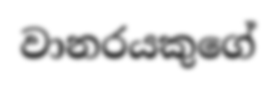
වානරයකුගේ